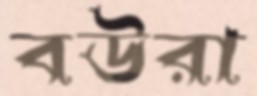
বউরা